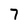
Character: 7